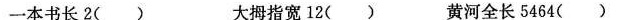
一本书长2( ) 大拇指宽12( ) 黄河全长5464( )